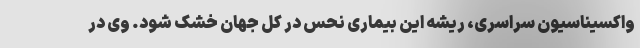
واکسیناسیون سراسری، ریشه این بیماری نحس در کل جهان خشک شود. وی در